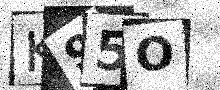
Text: K95O